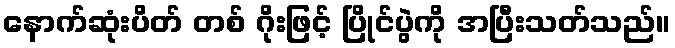
နောက်ဆုံးပိတ် တစ် ဂိုးဖြင့် ပြိုင်ပွဲကို အပြီးသတ်သည်။